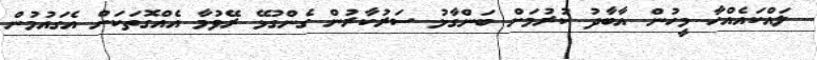
ލައްކައެއްހާ މީހުން އާބާދު ކުރުމަށް ބަންގާޅު ސަރުކާރުން ގެންގުޅޭ ރޭވުމާ އެއްގޮތަކަށް އެގައުމުން